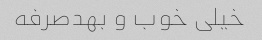
خیلی خوب و بهدصرفه